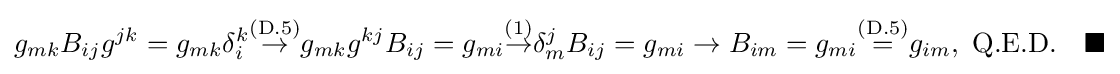
g_{mk}B_{ij}g^{jk}=g_{mk}\delta _{i}^{k}{\stackrel {\text{(D.5)}}{\to }}g_{mk}g^{kj}B_{ij}=g_{mi}{\stackrel {\text{(1)}}{\to }}\delta _{m}^{j}B_{ij}=g_{mi}\to B_{im}=g_{mi}{\stackrel {\text{(D.5)}}{=}}g_{im},\ {\text{Q.E.D.}}\quad \blacksquare